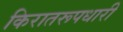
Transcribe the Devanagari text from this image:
किरातरूपधारी